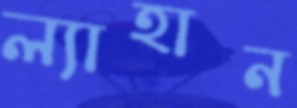
ল্যাহান